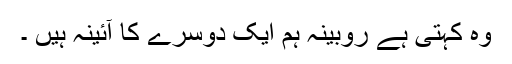
وہ کہتی ہے روبینہ ہم ایک دوسرے کا آئینہ ہیں ۔